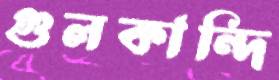
গুলকান্দি